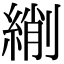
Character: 䌃